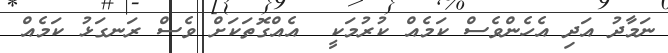
ނަމާދު އަދި އެހެންވެސް ކަމެއް ކުރުމަކީ  އެއްގޮތަކަށް ވެސް ރަނގަޅު ކަމެއް